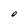
Character: O